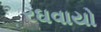
રઘવાયો